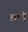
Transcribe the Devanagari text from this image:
लगौं